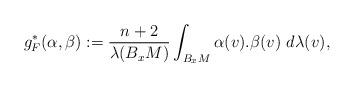
LaTeX: \begin{align*} g^*_F(\alpha,\beta):=\frac{n+2}{\lambda(B_xM)}\int_{B_xM} \alpha(v).\beta(v)\ d\lambda(v),\end{align*}